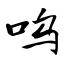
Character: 呜